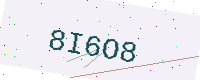
Text: 8I6O8